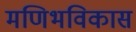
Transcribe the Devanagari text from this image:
मणिभविकास